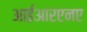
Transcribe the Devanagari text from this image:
आईआरएनए